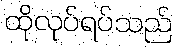
ထိုလုပ်ရပ်သည်